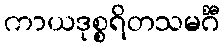
ကာယဒုစ္စရိတသမင်္ဂီ